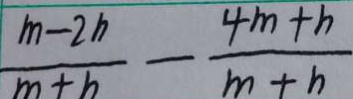
\frac { m - 2 h } { m + h } - \frac { 4 m + h } { m + h }